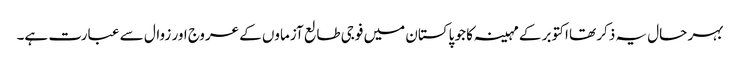
بہر حال یہ ذکر تھا اکتوبر کے مہینہ کا جو پاکستان میں فوجی طالع آزماوں کے عروج اور زوال سے عبارت ہے۔